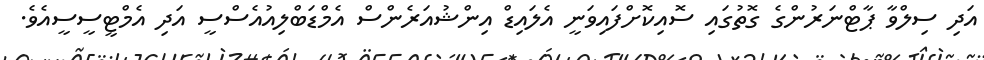
އަދި ސިލްވާ ޕާޓްނަރުންގެ ގޮތުގައި ސޮއިކޮށްފައިވަނީ އެލައިޑް އިންޝުއަރެންސް އެމްޑަބްލިއުއެސްސީ އަދި އެމްޓީސީސީއެވެ.